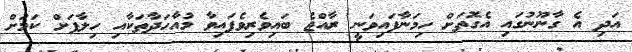
އަދި އެ ގާނޫނުގައި އެގޮތަށް ހިމަނާފައިވަނީ ރާއްޖެ ބައިވެރިވެފައިވާ މުއާހަދާތަކާއި ހިލާފަށް ކަމަށް